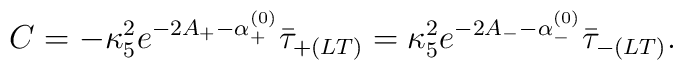
C = -\kappa_5^2e^{-2A_+-\alpha^{(0)}_+}\bar{\tau}_{+(LT)}  = \kappa_5^2e^{-2A_--\alpha^{(0)}_-}\bar{\tau}_{-(LT)}.